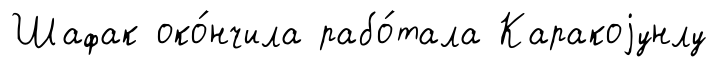
Шафак око́нчила рабо́тала Каракоjунлу